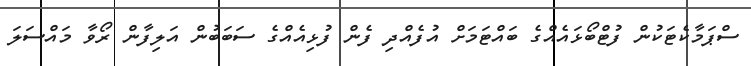
ސްޕަމާކެޓަކުން ފުޓްބޯޅައެއްގެ ބައްޓަމަށް އުފެއްދި ފެން ފުޅިއެއްގެ ސަބަބުން އަލިފާން ރޯވާ މައްސަލަ